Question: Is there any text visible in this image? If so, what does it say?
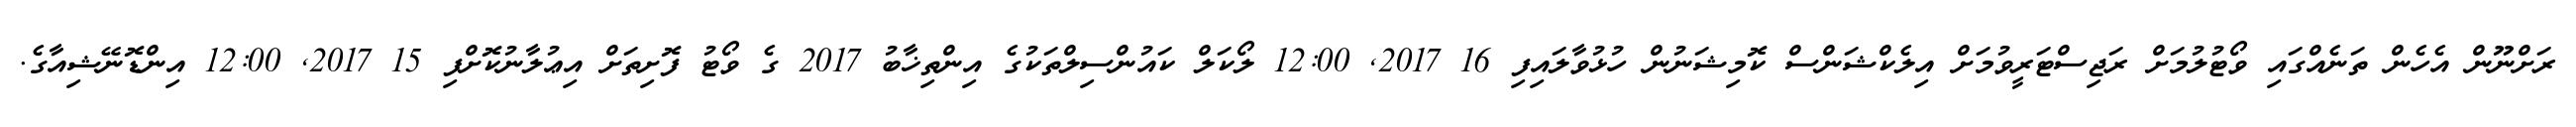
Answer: ރަށްނޫން އެހެން ތަނެއްގައި ވޯޓުލުމަށް ރަޖިސްޓަރީވުމަށް އިލެކްޝަންސް ކޮމިޝަނުން ހުޅުވާލައިފި 16 2017, 12:00 ލޯކަލް ކައުންސިލްތަކުގެ އިންތިޚާބު 2017 ގެ ވޯޓު ފޮށިތަށް އިޢުލާނުކޮށްފި 15 2017, 12:00 އިންޑޮނޭޝިއާގެ.